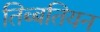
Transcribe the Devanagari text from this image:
तिब्‍बतियन